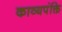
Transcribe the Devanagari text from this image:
काव्यपंक्ति